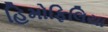
હિમોફિલિયા